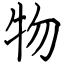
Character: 物